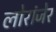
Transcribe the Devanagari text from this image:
लोरांंजेर